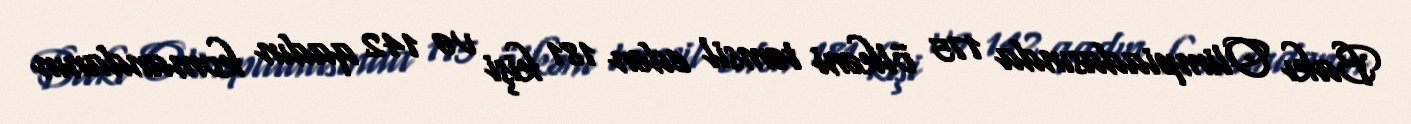
Bakı Olimpiadasında 175 ölkəni təmsil edən 181 kişi və 142 qadın komandanın